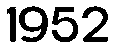
1952